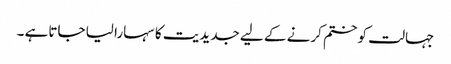
جہالت کو ختم کرنے کے لیے جدیدیت کا سہارا لیا جاتاہے ۔